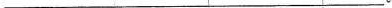
___。